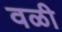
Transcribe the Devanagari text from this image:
वळी